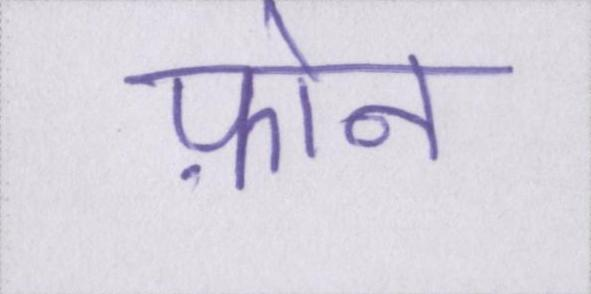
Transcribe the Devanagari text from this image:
फ़ोन